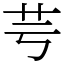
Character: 芌